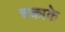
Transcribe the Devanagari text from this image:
चकाके